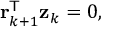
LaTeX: \mathbf { r } _ { k + 1 } ^ { \mathsf { T } } \mathbf { z } _ { k } = 0 ,